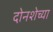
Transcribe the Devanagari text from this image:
दोनशेच्या